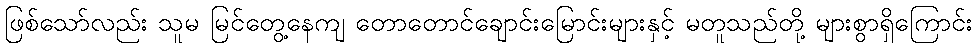
ဖြစ်သော်လည်း သူမ မြင်တွေ့နေကျ တောတောင်ချောင်းမြောင်းများနှင့် မတူသည်တို့ များစွာရှိကြောင်း